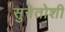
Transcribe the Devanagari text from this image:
सुनेतोशी